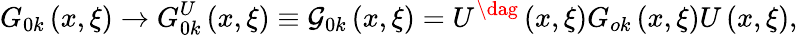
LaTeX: G_{0k}\left({x,\xi}\right)\to G_{0k}^{U}\left({x,\xi}\right)\equiv{\cal G}_{0k}\left({x,\xi}\right)=U^{\dag}\left({x,\xi}\right)G_{ok}\left({x,\xi}\right)U\left({x,\xi}\right),